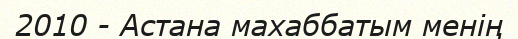
2010 - Астана махаббатым менің